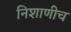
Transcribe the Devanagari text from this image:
निशाणीच